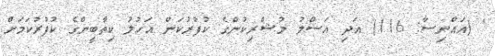
' (އައްނިސާ: 116) އަދި އަސްލު މުޝްރިކުންގެ ކުފުރުކަން އަހުލު ކިތާބީންގެ ކުފުރުކަމަށް